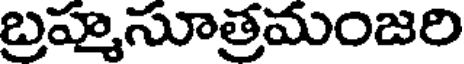
బ్రహ్మసూత్రమంజరి